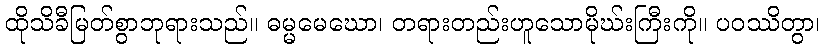
ထိုသိခီမြတ်စွာဘုရားသည်။ ဓမ္မမေဃော၊ တရားတည်းဟူသောမိုဃ်းကြီးကို။ ပဝဿိတွာ၊